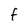
Character: F